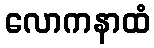
လောကနာထံ